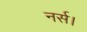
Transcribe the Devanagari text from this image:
नर्स।